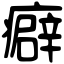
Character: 癖